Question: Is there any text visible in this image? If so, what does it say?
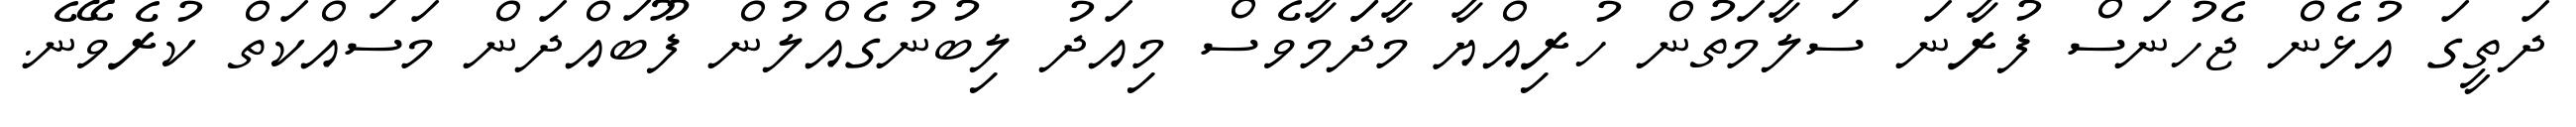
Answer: ދަތީގަ އުޅެން ޖެހުނަސް ފުރާނަ ސަލާމަތުން ހުރިއްޔާ މާދަަމާވެސް މިއަދު ލިބުނުގެއްލުން ފޫބައްދަން މަސައްކަތް ކުރެވޭނެ.